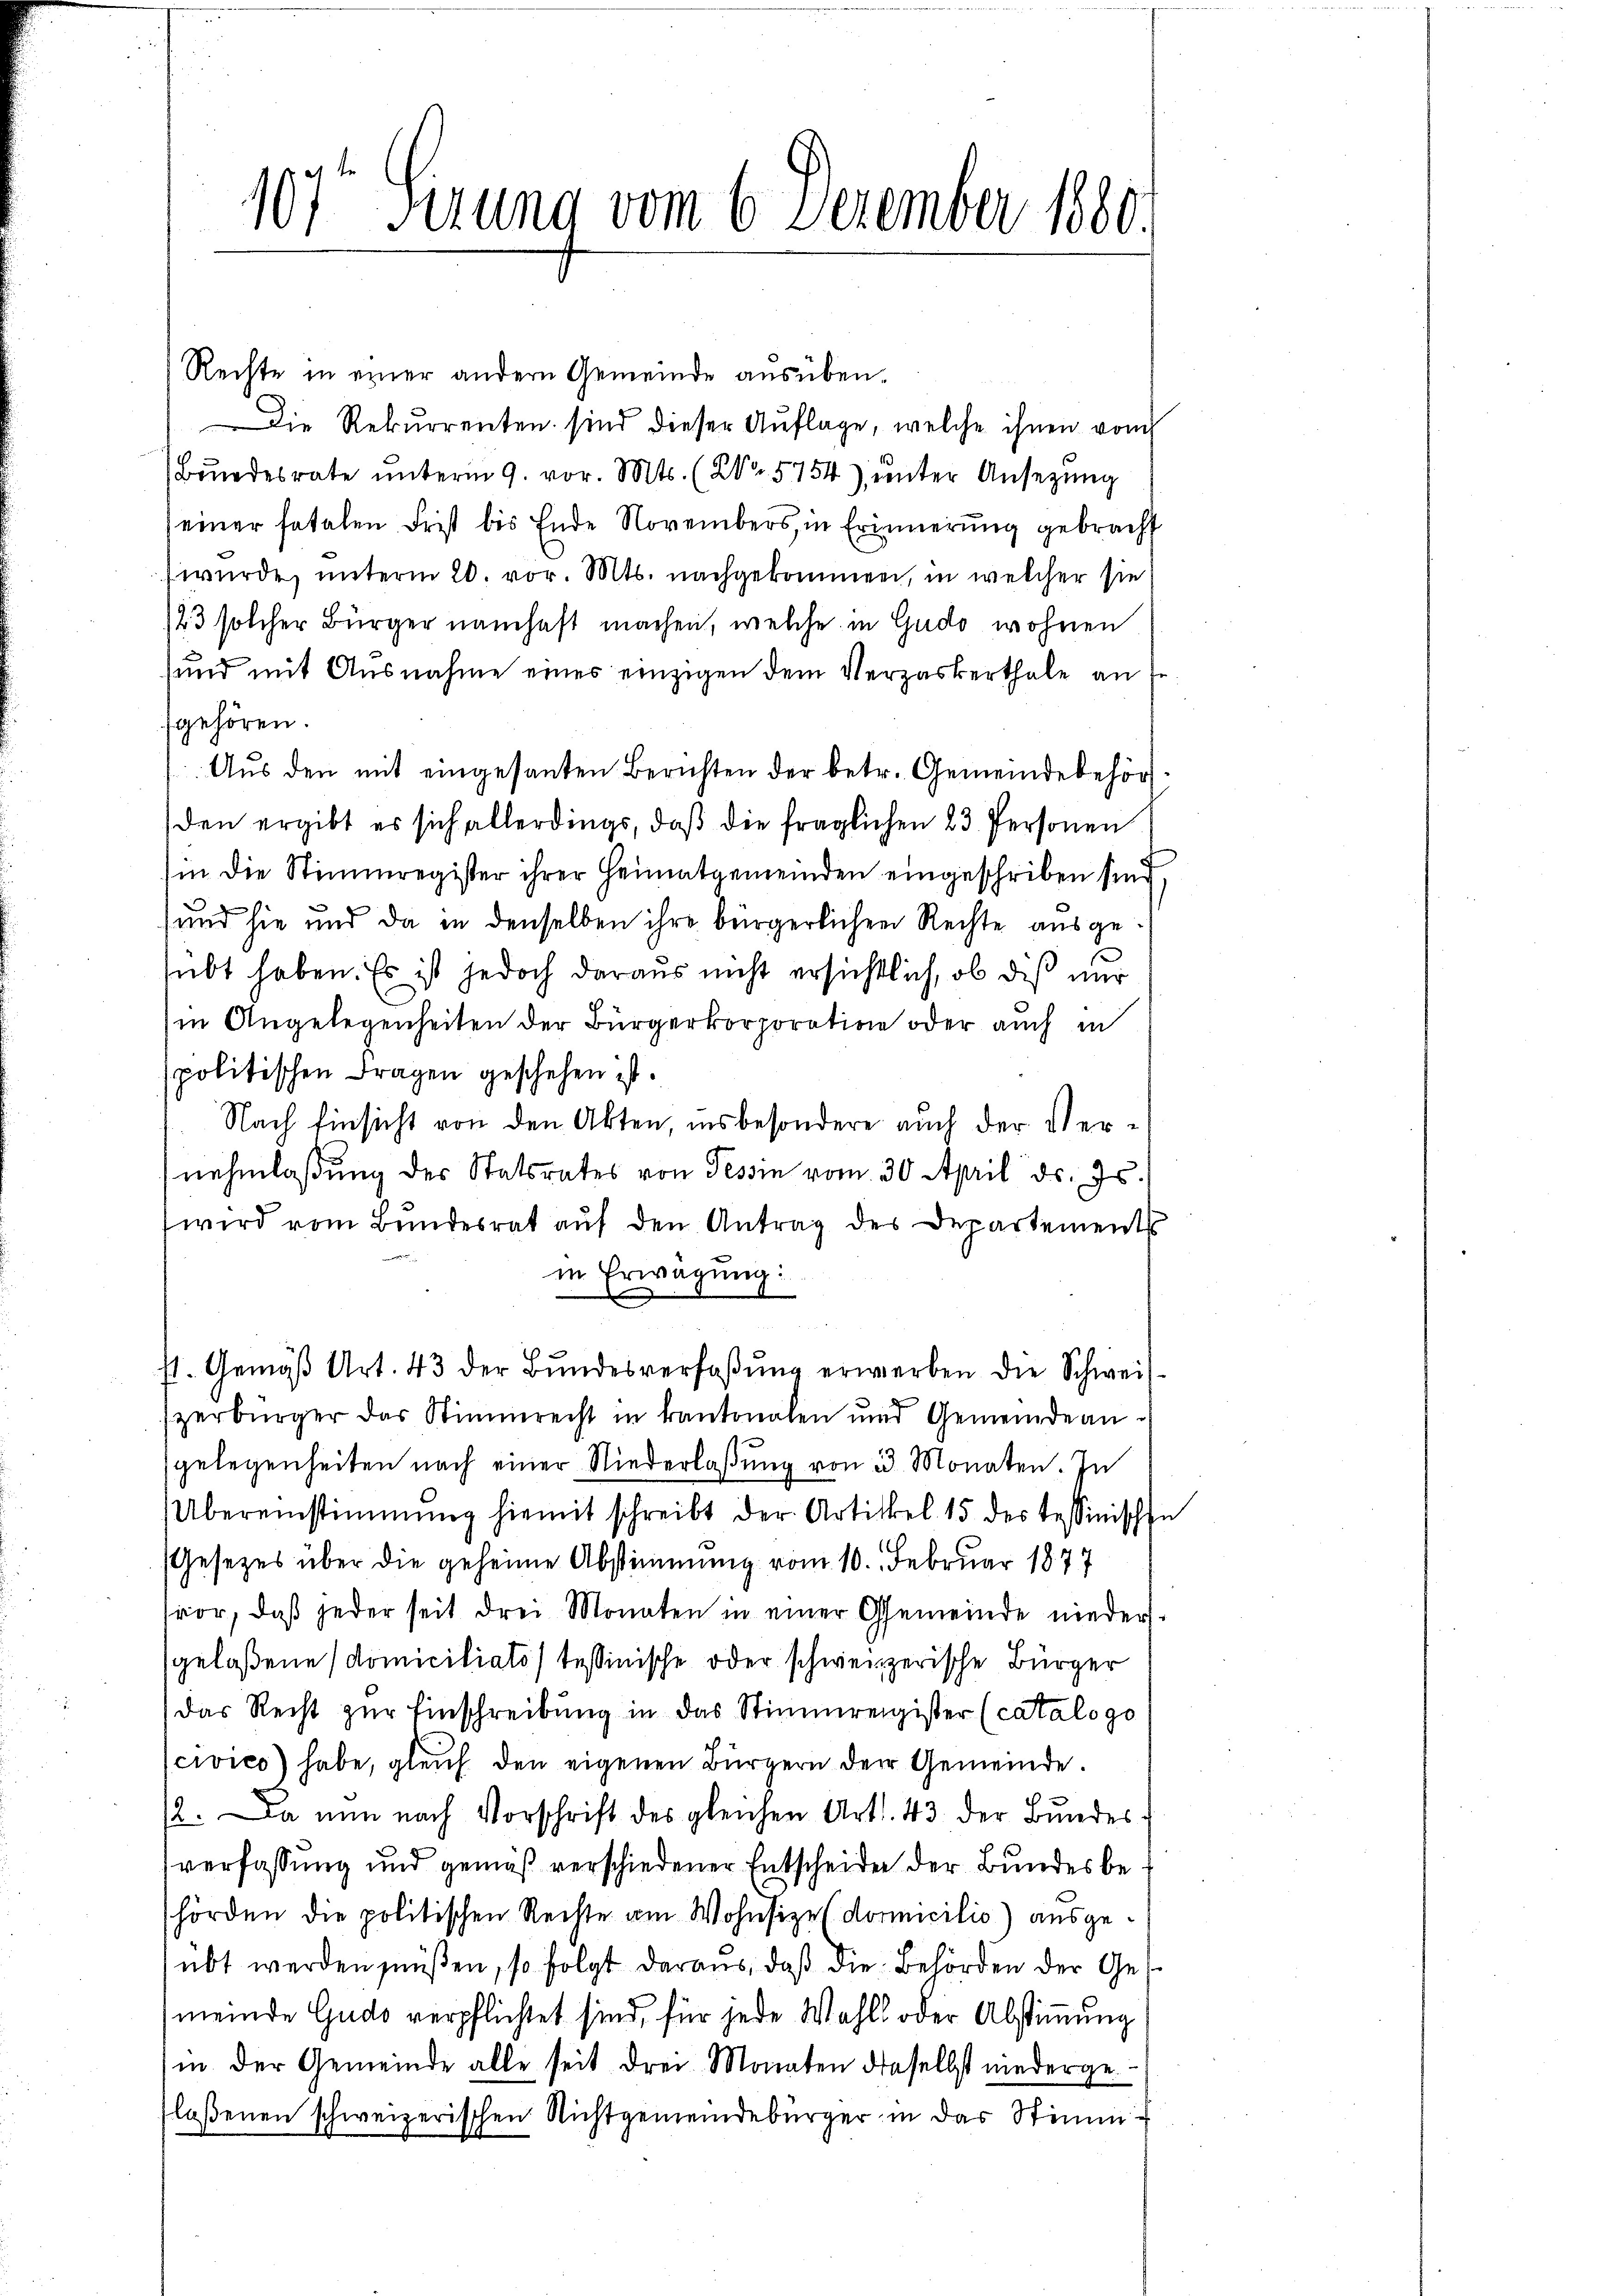
107t Sirung vom 6. Dezember 1880.

Rechte in einer andern Gemeinde ausüben.
Die Rekurrenten sind dieser Auflage, welche ihnen vom
Bundesrate unterm 9. vor. Mts. (No 5754), unter Ansezung
einer fatalen Frist bis Ende Novembers, in Erinnerung gebracht
wurde, unterm 20. vor. Mts. nachgekommen, in welcher sie
/23 solcher Bürger namhaft machen, welche in Gudo wohnen
und mit Ausnahme eines einzigen dem Verzaskerthale an de
gehören.
Aus den mit eingesanten Berichten der betr. Gemeindebehörden ergibt es sich allerdings, daß die fraglichen 23. Personen
(in die Stimmregister ihrer Heimatgemeinden eingeschriben sind,
und sie und da in denselben ihre bürgerlichen Rechte ausgesübt haben. Es ist jedoch daraus nicht ersichtlich, ob diß nur
in Angelegenheiten der Bürgerkorporation oder auch in
spolitischen Fragen geschehen ist.
Nach Einsicht von den Akten, insbesondere auch der Vernehmlaßung des Statsrates von Tessin vom 30. April ds. Js.
wird vom Bundesrat aŭf den Antrag des Departement
in Erwägung:
st. Gemäβ Art. 43 der Bundesverfaßung erwerben die Schweiszerbürger das Stimmrecht in kantonalen und Gemeindeangelegenheiten nach einer Niederlaßung von 23. Monaten. In
Übereinstimmung hiemit schreibt der Artikel 15 des tessinischen
Gesetzes über die geheime Abstimmung vom 10. Februar 1877
vor, daβ jeder seit drei Monaten in einer Gemeinde nieder-
gelassene domiciliato tessinische oder schweizerische Bürger
das Recht zur Einschreibung in das Stimmregister (catalogo
civico) habe, gleich den eigenen Bürgern der Gemeinde.
12. Da nun nach Vorschrift des gleichen Art. 43. der Bundes
verfassung und gemäß verschiedener Entscheiden der Bundesbehörden die politischen Rechte am Wohnsize (domicilio) ausgeübt werden müßen, so folgt daraus, daß die Behörden der Ges
meinde Gudo verpflichtet sind, für jede Wahl oder Abstimmung
in der Gemeinde alle seit drei Monaten dieselbst niedergelaßenen schweizerischen Richtgemeindebürger in das Stimm¬